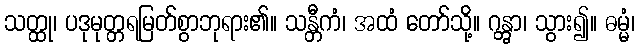
သတ္ထု၊ ပဒုမုတ္တရမြတ်စွာဘုရား၏။ သန္တီကံ၊ အထံ တော်သို့။ ဂန္တွာ၊ သွား၍။ ဓမ္မံ၊